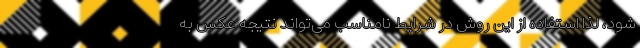
شود، لذا استفاده از این روش در شرایط نامناسب می‌تواند نتیجه عکس به